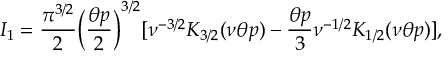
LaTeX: I _ { 1 } = \frac { \pi ^ { 3 / 2 } } { 2 } \biggl ( \frac { \theta p } { 2 } \biggr ) ^ { 3 / 2 } [ \nu ^ { - 3 / 2 } K _ { 3 / 2 } ( \nu \theta p ) - \frac { \theta p } { 3 } \nu ^ { - 1 / 2 } K _ { 1 / 2 } ( \nu \theta p ) ] ,